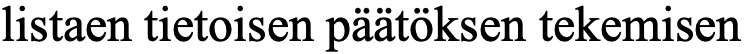
listaen tietoisen päätöksen tekemisen